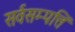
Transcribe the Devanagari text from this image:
सर्वसम्पत्ति